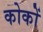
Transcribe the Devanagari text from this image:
कोकों